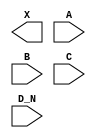
/**
 * Copyright 2020 The SkyWater PDK Authors
 *
 * Licensed under the Apache License, Version 2.0 (the "License");
 * you may not use this file except in compliance with the License.
 * You may obtain a copy of the License at
 *
 *     https://www.apache.org/licenses/LICENSE-2.0
 *
 * Unless required by applicable law or agreed to in writing, software
 * distributed under the License is distributed on an "AS IS" BASIS,
 * WITHOUT WARRANTIES OR CONDITIONS OF ANY KIND, either express or implied.
 * See the License for the specific language governing permissions and
 * limitations under the License.
 *
 * SPDX-License-Identifier: Apache-2.0
 */

`ifndef SKY130_FD_SC_HS__OR4B_BLACKBOX_V
`define SKY130_FD_SC_HS__OR4B_BLACKBOX_V

/**
 * or4b: 4-input OR, first input inverted.
 *
 * Verilog stub definition (black box without power pins).
 *
 * WARNING: This file is autogenerated, do not modify directly!
 */

`timescale 1ns / 1ps
`default_nettype none

(* blackbox *)
module sky130_fd_sc_hs__or4b (
    X  ,
    A  ,
    B  ,
    C  ,
    D_N
);

    output X  ;
    input  A  ;
    input  B  ;
    input  C  ;
    input  D_N;

    // Voltage supply signals
    supply1 VPWR;
    supply0 VGND;

endmodule

`default_nettype wire
`endif  // SKY130_FD_SC_HS__OR4B_BLACKBOX_V